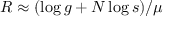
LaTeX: R \approx ( \log g + N \log s ) / \mu